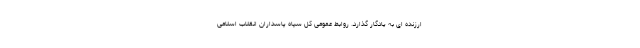
ارزنده ای به یادگار گذارد. روابط عمومی کل سپاه پاسداران انقلاب اسلامی